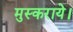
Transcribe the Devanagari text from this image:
मुस्कराये।